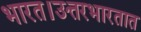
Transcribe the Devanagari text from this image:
भारत।उत्तरभारतात